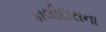
કાલીદાસના